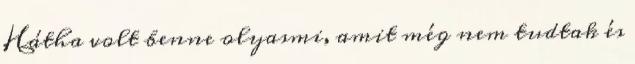
Hátha volt benne olyasmi, amit még nem tudtak és